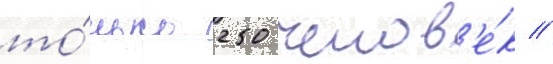
то́лько 250 челов'е́к //